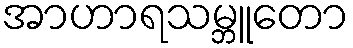
အာဟာရသမ္ဘူတော